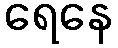
ရေနေ